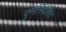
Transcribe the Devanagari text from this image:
पुनर्निदेशित